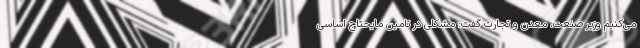
می‌کنیم وزیر صنعت، معدن و تجارت گفت: مشکلی در تامین مایحتاج اساسی